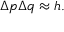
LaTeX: \Delta p \Delta q \approx h .